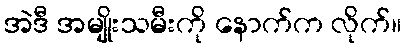
အဲဒီ အမျိုးသမီးကို နောက်က လိုက်။